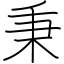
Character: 秉